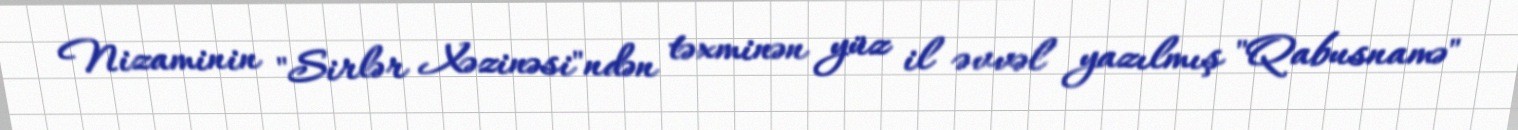
Nizaminin "Sirlər Xəzinəsi"ndən təxminən yüz il əvvəl yazılmış "Qabusnamə"